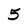
Character: 5